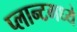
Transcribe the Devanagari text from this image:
प्लान्टमध्ये